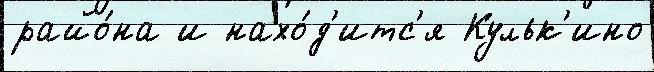
райо́на и нахо́д'итс'я Кульк'ино